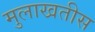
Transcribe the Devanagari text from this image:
मुलाखतीस